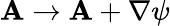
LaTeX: \mathbf{A}\rightarrow\mathbf{A}+\nabla\psi